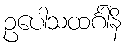
ဥပေါသထင်္ဂါနိ